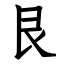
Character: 艮